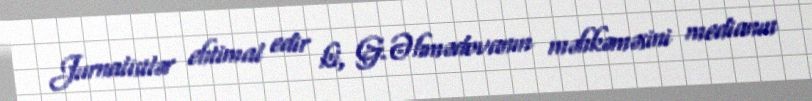
Jurnalistlər ehtimal edir ki, G.Əhmədovanın məhkəməsini medianın